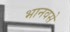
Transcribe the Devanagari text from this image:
भानवसे